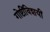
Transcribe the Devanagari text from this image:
गोष्टींविशयीं